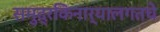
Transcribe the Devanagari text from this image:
समुद्रकिनार्यालगतचे